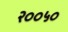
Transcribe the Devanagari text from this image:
२००५०